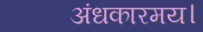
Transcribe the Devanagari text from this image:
अंधकारमय।